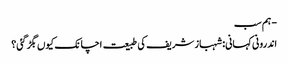
- ہم سب
اندرونی کہانی: شہباز شریف کی طبیعت اچانک کیوں بگڑ گئی؟